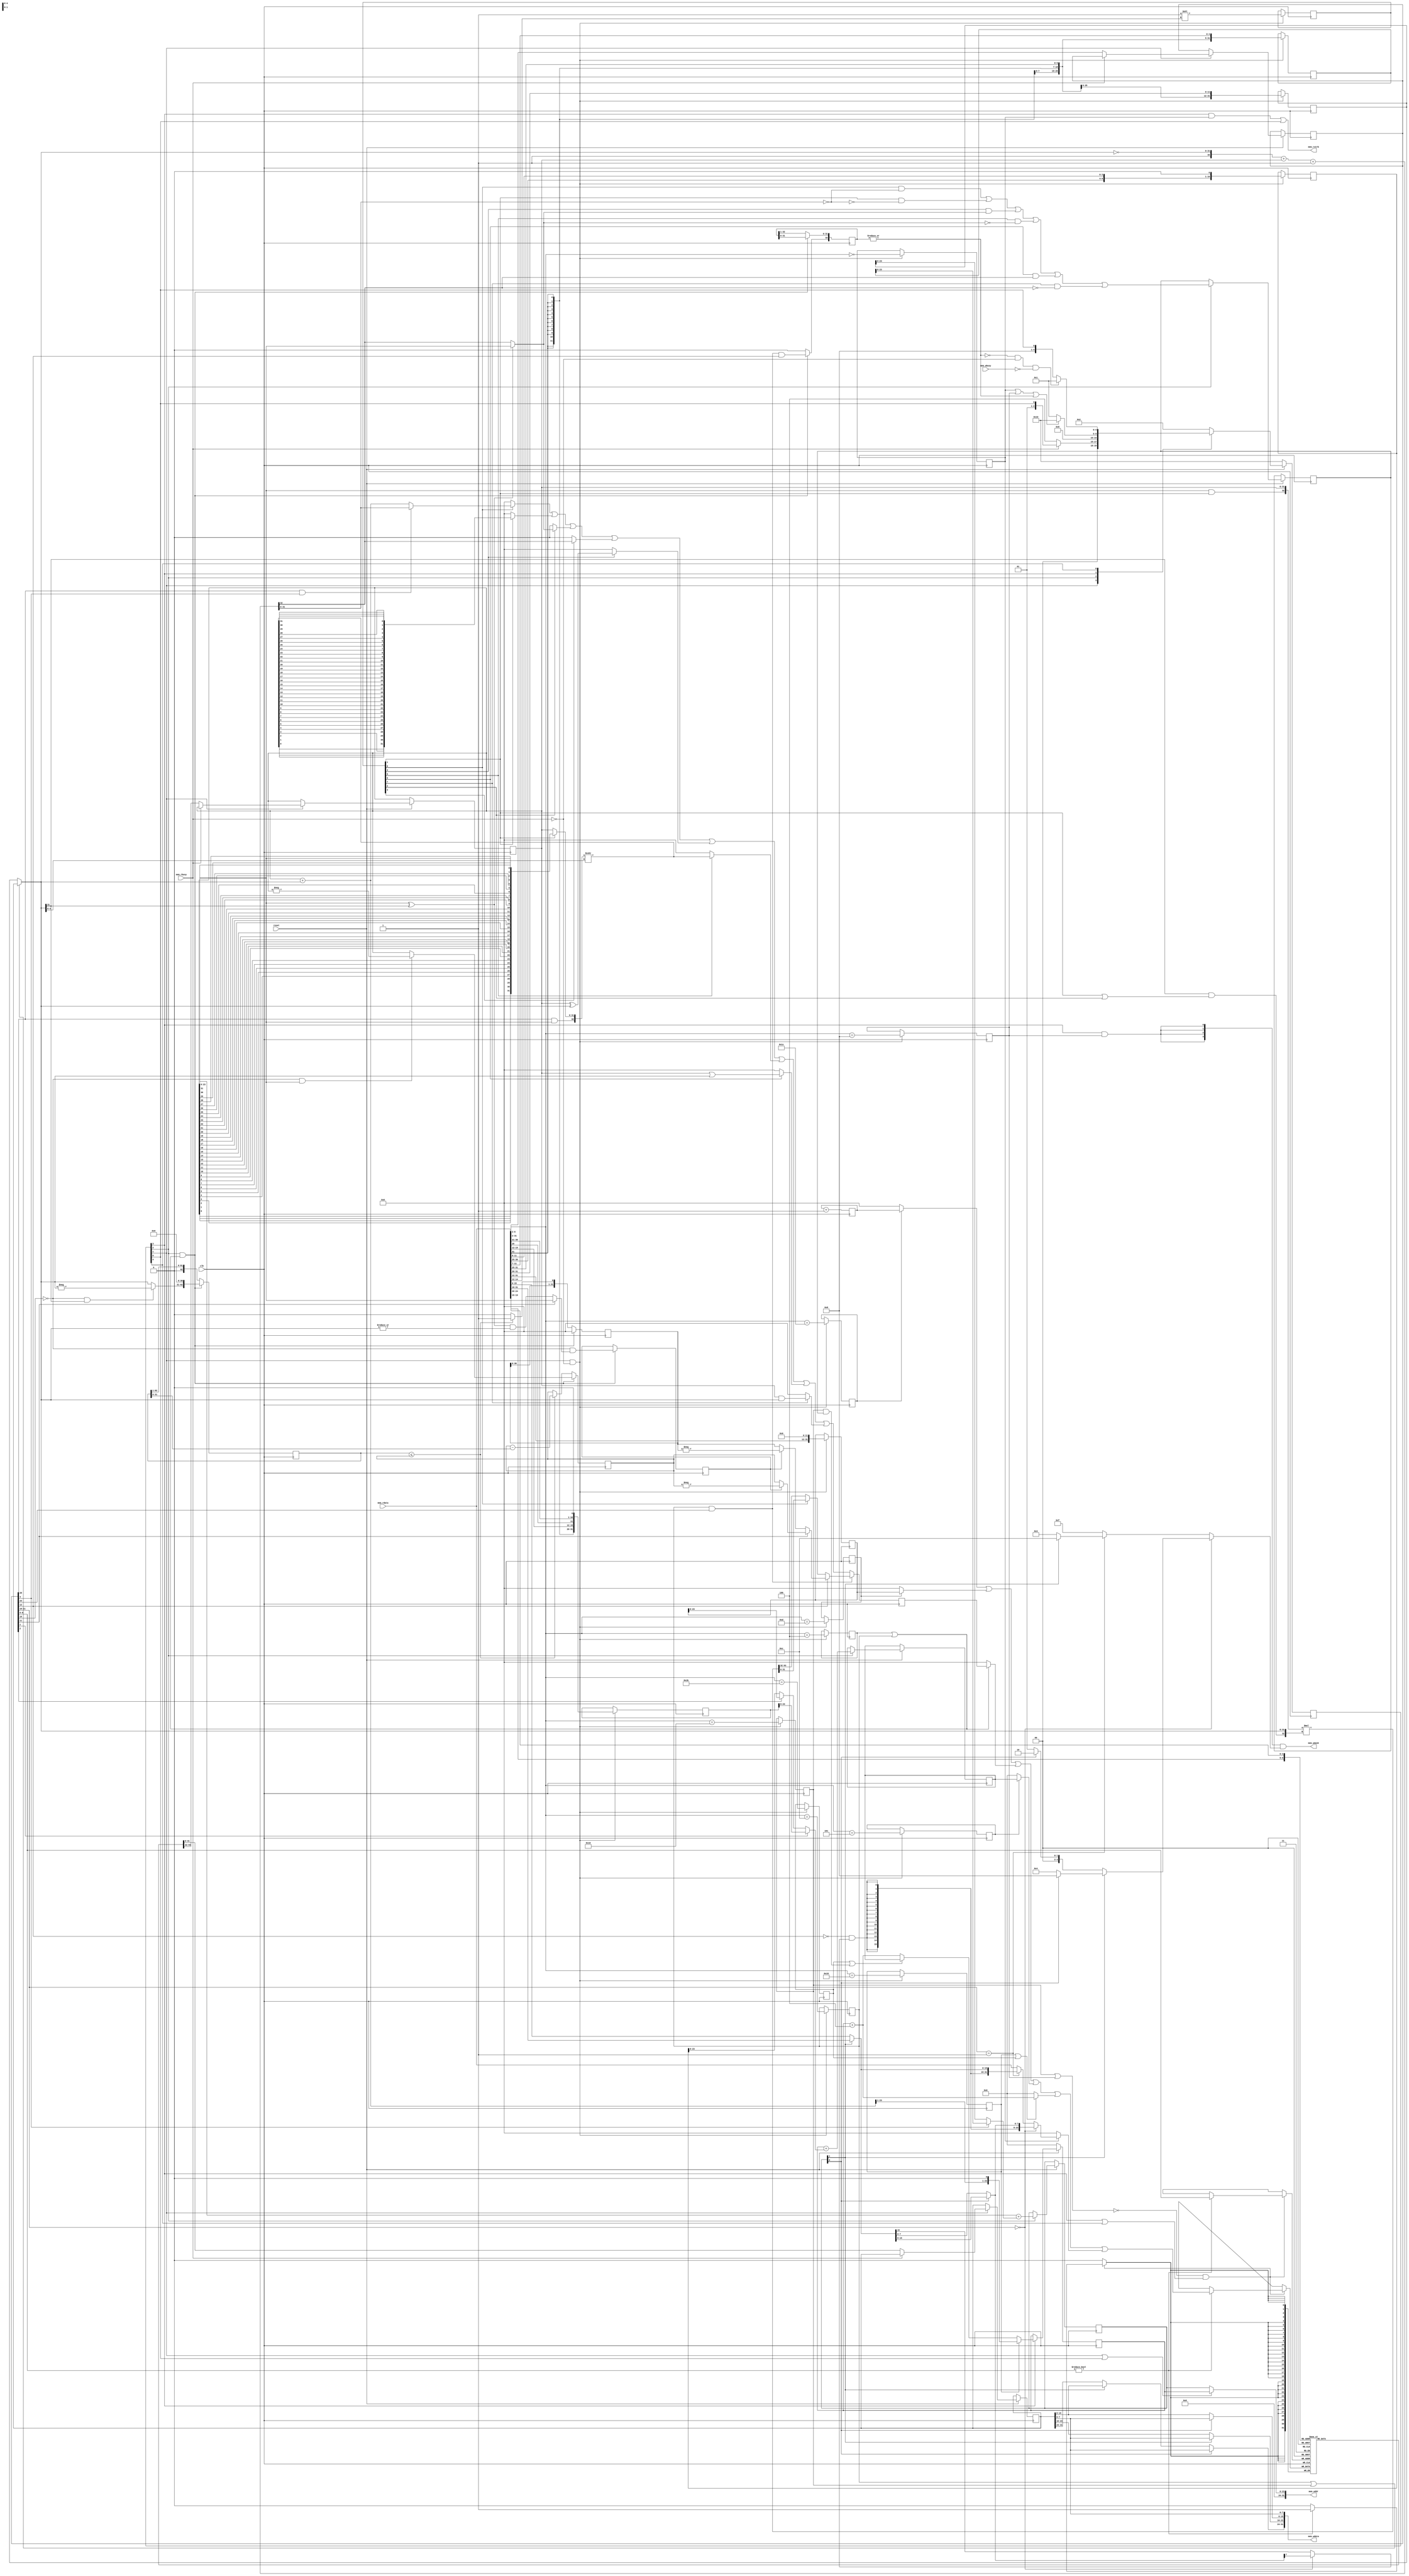
module FemtoRV32(
   input          clk,

   output [31:0] mem_addr,  // address bus
   output [31:0] mem_wdata, // data to be written
   output [3:0]  mem_wmask, // write mask for the 4 bytes of each word
   input  [31:0] mem_rdata, // input lines for both data and instr
   output        mem_rstrb, // active to initiate memory read (used by IO)
   input         mem_rbusy, // asserted if memory is busy reading value
   input         mem_wbusy, // asserted if memory is busy writing value

   input         reset      // set to 0 to reset the processor
);

   parameter RESET_ADDR       = 32'h00000000; 
   parameter ADDR_WIDTH       = 24;           

   localparam ADDR_PAD = {(32-ADDR_WIDTH){1'b0}}; // 32-bits padding for addrs


   // Flip a 32 bit word. Used by the shifter (a single shifter for
   // left and right shifts, saves silicium !)
   function [31:0] flip32;
      input [31:0] x;
      flip32 = {x[ 0], x[ 1], x[ 2], x[ 3], x[ 4], x[ 5], x[ 6], x[ 7], 
		x[ 8], x[ 9], x[10], x[11], x[12], x[13], x[14], x[15], 
		x[16], x[17], x[18], x[19], x[20], x[21], x[22], x[23],
		x[24], x[25], x[26], x[27], x[28], x[29], x[30], x[31]};
   endfunction

 /***************************************************************************/
 // Instruction decoding.
 /***************************************************************************/

 // Extracts rd,rs1,rs2,funct3,imm and opcode from instruction. 
 // Reference: Table page 104 of:
 // https://content.riscv.org/wp-content/uploads/2017/05/riscv-spec-v2.2.pdf

 // The destination register
 wire [4:0] rdId = instr[11:7];

 // The ALU function, decoded in 1-hot form (doing so reduces LUT count)
 // It is used as follows: funct3Is[val] <=> funct3 == val
 (* onehot *) reg  [7:0] funct3Is;

 // Base RISC-V (RV32I) has only 10 different instructions !
   reg isLoad;
   reg isALUimm;
   reg isAUIPC;
   reg isStore;
   reg isALUreg;
   reg isLUI;
   reg isBranch;
   reg isJALR;
   reg isJAL;
   reg isSYSTEM;
  
   reg [31:0] Uimm;
   reg [31:0] Iimm;   
   reg [31:0] Simm;   
   reg [31:0] Bimm;
   reg [31:0] Jimm;
   
   always @(posedge clk) begin
      if(state[WAIT_INSTR_bit] & !mem_rbusy) begin
	 isLoad    <=  (mem_rdata[6:2] == 5'b00000); // rd <- mem[rs1+Iimm]
	 isALUimm  <=  (mem_rdata[6:2] == 5'b00100); // rd <- rs1 OP Iimm
	 isAUIPC   <=  (mem_rdata[6:2] == 5'b00101); // rd <- PC + Uimm
	 isStore   <=  (mem_rdata[6:2] == 5'b01000); // mem[rs1+Simm] <- rs2
	 isALUreg  <=  (mem_rdata[6:2] == 5'b01100); // rd <- rs1 OP rs2
	 isLUI     <=  (mem_rdata[6:2] == 5'b01101); // rd <- Uimm
	 isBranch  <=  (mem_rdata[6:2] == 5'b11000); // if(rs1 OP rs2) PC<-PC+Bimm
	 isJALR    <=  (mem_rdata[6:2] == 5'b11001); // rd <- PC+4; PC<-rs1+Iimm
	 isJAL     <=  (mem_rdata[6:2] == 5'b11011); // rd <- PC+4; PC<-PC+Jimm
	 isSYSTEM  <=  (mem_rdata[6:2] == 5'b11100); // rd <- cycles
	 funct3Is  <= 8'b00000001 << mem_rdata[14:12];

	 Uimm <= {    mem_rdata[31],   mem_rdata[30:12], {12{1'b0}}};
	 Iimm <= {{21{mem_rdata[31]}}, mem_rdata[30:20]};
	 Simm <= {{21{mem_rdata[31]}}, mem_rdata[30:25],mem_rdata[11:7]};
	 Bimm <= {{20{mem_rdata[31]}}, mem_rdata[7],mem_rdata[30:25],mem_rdata[11:8],1'b0};
	 Jimm <= {{12{mem_rdata[31]}}, mem_rdata[19:12],mem_rdata[20],mem_rdata[30:21],1'b0};
      end 
   end
   
   wire isALU = isALUimm | isALUreg;

   /***************************************************************************/
   // The register file.
   /***************************************************************************/
   
   reg [31:0] rs1;
   reg [31:0] rs2;
   reg [31:0] registerFile [31:0];

   always @(posedge clk) begin
     if (writeBack)
       if (rdId != 0)
         registerFile[rdId] <= writeBackData;
   end

   /***************************************************************************/
   // The ALU. Does operations and tests combinatorially, except shifts.
   /***************************************************************************/

   // First ALU source, always rs1
   wire [31:0] aluIn1 = rs1;

   // Second ALU source, depends on opcode:
   //    ALUreg, Branch:     rs2
   //    ALUimm, Load, JALR: Iimm
   wire [31:0] aluIn2 = isALUreg | isBranch ? rs2 : Iimm;

   wire aluWr;               // ALU write strobe

   // The adder is used by both arithmetic instructions and JALR.
   wire [31:0] aluPlus = aluIn1 + aluIn2;

   // Use a single 33 bits subtract to do subtraction and all comparisons
   // (trick borrowed from swapforth/J1)
   wire [32:0] aluMinus = {1'b1, ~aluIn2} + {1'b0,aluIn1} + 33'b1;
   wire        LT  = (aluIn1[31] ^ aluIn2[31]) ? aluIn1[31] : aluMinus[32];
   wire        LTU = aluMinus[32];
   wire        EQ  = (aluMinus[31:0] == 0);

   /***************************************************************************/

   // Use the same shifter both for left and right shifts by 
   // applying bit reversal

   wire [31:0] shifter_in = funct3Is[1] ? flip32(aluIn1) : aluIn1;
   
   /* verilator lint_off WIDTH */
   wire [31:0] shifter = 
               $signed({instr[30] & aluIn1[31], shifter_in}) >>> aluIn2[4:0];
   /* verilator lint_on WIDTH */

   wire [31:0] leftshift = flip32(shifter);
   
   /***************************************************************************/

   // funct3: 1->MULH, 2->MULHSU  3->MULHU
   wire isMULH   = funct3Is[1];
   wire isMULHSU = funct3Is[2];

   wire sign1 = aluIn1[31] &  isMULH;
   wire sign2 = aluIn2[31] & (isMULH | isMULHSU);

   wire signed [32:0] signed1 = {sign1, aluIn1};
   wire signed [32:0] signed2 = {sign2, aluIn2};
   wire signed [63:0] multiply = signed1 * signed2;

   /***************************************************************************/

   // Notes:
   // - instr[30] is 1 for SUB and 0 for ADD
   // - for SUB, need to test also instr[5] to discriminate ADDI:
   //    (1 for ADD/SUB, 0 for ADDI, and Iimm used by ADDI overlaps bit 30 !)
   // - instr[30] is 1 for SRA (do sign extension) and 0 for SRL

   wire [31:0] alu_base =
     (funct3Is[0]  ? instr[30] & instr[5] ? aluMinus[31:0] : aluPlus : 32'b0) |
     (funct3Is[1]  ? leftshift                                       : 32'b0) |
     (funct3Is[2]  ? {31'b0, LT}                                     : 32'b0) |
     (funct3Is[3]  ? {31'b0, LTU}                                    : 32'b0) |
     (funct3Is[4]  ? aluIn1 ^ aluIn2                                 : 32'b0) |
     (funct3Is[5]  ? shifter                                         : 32'b0) |
     (funct3Is[6]  ? aluIn1 | aluIn2                                 : 32'b0) |
     (funct3Is[7]  ? aluIn1 & aluIn2                                 : 32'b0) ;

   // funct3: 0->MUL 1->MULH 2->MULHSU 3->MULHU
   //         4->DIV 5->DIVU 6->REM    7->REMU
   
   wire [31:0] alu_mul = funct3Is[0] ? multiply[31: 0]   // 0:MUL
                                     : multiply[63:32] ; // 1:MULH, 2:MULHSU, 3:MULHU

   wire [31:0] alu_div = instr[13] ? (div_sign ? -dividend : dividend) 
    	                           : (div_sign ? -quotient : quotient);
   

   wire        aluBusy = |quotient_msk; // ALU is busy if division is in progress.
   reg [31:0]  aluOut;

   wire funcM     = instr[25];
   wire isDivide  = instr[14];
   
   always @(posedge clk) begin
      aluOut <=  (isALUreg & funcM) ? (isDivide ? alu_div : alu_mul) : alu_base;
   end

   /***************************************************************************/
   // Implementation of DIV/REM instructions, highly inspired by PicoRV32

   reg div_sign;

   reg [31:0] dividend;
   reg [62:0] divisor;
   reg [31:0] quotient;
   reg [32:0] quotient_msk;

   always @(posedge clk) begin
      if (aluWr) begin
	 dividend <=   ~instr[12] & aluIn1[31] ? -aluIn1 : aluIn1;
	 divisor  <= {(~instr[12] & aluIn2[31] ? -aluIn2 : aluIn2), 31'b0};
	 quotient <= 0;
	 quotient_msk[32] <= isALUreg & funcM & isDivide;
	 div_sign <= ~instr[12] & (instr[13] ? aluIn1[31] : 
                      (aluIn1[31] ^ aluIn2[31]) & |aluIn2);
      end else begin
	 divisor      <= divisor >> 1;
	 quotient_msk <= quotient_msk >> 1;
	 if(divisor <= {31'b0, dividend}) begin
	    quotient <= {quotient[30:0],1'b1};
	    dividend <= dividend - divisor[31:0];
	 end else begin
	    quotient <= {quotient[30:0],1'b0};
	 end
      end
   end
   
   /***************************************************************************/
   // The predicate for conditional branches.
   /***************************************************************************/

   wire predicate_ =
        funct3Is[0] &  EQ  | // BEQ
        funct3Is[1] & !EQ  | // BNE
        funct3Is[4] &  LT  | // BLT
        funct3Is[5] & !LT  | // BGE
        funct3Is[6] &  LTU | // BLTU
        funct3Is[7] & !LTU ; // BGEU

   reg 	predicate;
   
   /***************************************************************************/
   // Program counter and branch target computation.
   /***************************************************************************/

   reg  [ADDR_WIDTH-1:0] PC; // The program counter.
   reg  [31:2] instr;        // Latched instruction. Note that bits 0 and 1 are
                             // ignored (not used in RV32I base instr set).

   wire [ADDR_WIDTH-1:0] PCplus4 = PC + 4;

   // An adder used to compute branch address, JAL address and AUIPC.
   reg [ADDR_WIDTH-1:0]  PCplusImm;

   // A separate adder to compute the destination of load/store.   
   reg [ADDR_WIDTH-1:0]  loadstore_addr;
   
   assign mem_addr = {ADDR_PAD, 
		       state[WAIT_INSTR_bit] | state[FETCH_INSTR_bit] ? 
		       PC : loadstore_addr
		     };

   /***************************************************************************/
   // The value written back to the register file.
   /***************************************************************************/

   wire [31:0] writeBackData  =
      /* verilator lint_off WIDTH */	       	       
      (isSYSTEM            ? cycles               : 32'b0) |  // SYSTEM
      /* verilator lint_on WIDTH */	       	       	       
      (isLUI               ? Uimm                 : 32'b0) |  // LUI
      (isALU               ? aluOut               : 32'b0) |  // ALUreg, ALUimm
      (isAUIPC             ? {ADDR_PAD,PCplusImm} : 32'b0) |  // AUIPC
      (isJALR   | isJAL    ? {ADDR_PAD,PCplus4  } : 32'b0) |  // JAL, JALR
      (isLoad              ? LOAD_data            : 32'b0);   // Load

   /***************************************************************************/
   // LOAD/STORE
   /***************************************************************************/

   // All memory accesses are aligned on 32 bits boundary. For this
   // reason, we need some circuitry that does unaligned halfword
   // and byte load/store, based on:
   // - funct3[1:0]:  00->byte 01->halfword 10->word
   // - mem_addr[1:0]: indicates which byte/halfword is accessed

   wire mem_byteAccess     = instr[13:12] == 2'b00; // funct3[1:0] == 2'b00;
   wire mem_halfwordAccess = instr[13:12] == 2'b01; // funct3[1:0] == 2'b01;

   // LOAD, in addition to funct3[1:0], LOAD depends on:
   // - funct3[2] (instr[14]): 0->do sign expansion   1->no sign expansion

   wire LOAD_sign = 
	!instr[14] & (mem_byteAccess ? LOAD_byte[7] : LOAD_halfword[15]);

   wire [31:0] LOAD_data =
         mem_byteAccess ? {{24{LOAD_sign}},     LOAD_byte} :
     mem_halfwordAccess ? {{16{LOAD_sign}}, LOAD_halfword} :
                          mem_rdata ;

   wire [15:0] LOAD_halfword = 
	       loadstore_addr[1] ? mem_rdata[31:16] : mem_rdata[15:0];
   
   wire  [7:0] LOAD_byte = 
	       loadstore_addr[0] ? LOAD_halfword[15:8] : LOAD_halfword[7:0];

   // STORE

   assign mem_wdata[ 7: 0] = rs2[7:0];
   assign mem_wdata[15: 8] = loadstore_addr[0] ? rs2[7:0]  : rs2[15: 8];
   assign mem_wdata[23:16] = loadstore_addr[1] ? rs2[7:0]  : rs2[23:16];
   assign mem_wdata[31:24] = loadstore_addr[0] ? rs2[7:0]  : 
			     loadstore_addr[1] ? rs2[15:8] : rs2[31:24];

   // The memory write mask:
   //    1111                     if writing a word
   //    0011 or 1100             if writing a halfword 
   //                                (depending on loadstore_addr[1])
   //    0001, 0010, 0100 or 1000 if writing a byte     
   //                                (depending on loadstore_addr[1:0])

   wire [3:0] STORE_wmask =
	      mem_byteAccess      ? 
	            (loadstore_addr[1] ? 
		          (loadstore_addr[0] ? 4'b1000 : 4'b0100) :
		          (loadstore_addr[0] ? 4'b0010 : 4'b0001) 
                    ) :
	      mem_halfwordAccess ? 
	            (loadstore_addr[1] ? 4'b1100 : 4'b0011) :
              4'b1111;

   /*************************************************************************/
   // And, last but not least, the state machine.
   /*************************************************************************/

   localparam FETCH_INSTR_bit     = 0;
   localparam WAIT_INSTR_bit      = 1;
   localparam EXECUTE1_bit        = 2;
   localparam EXECUTE2_bit        = 3;   
   localparam WAIT_ALU_OR_MEM_bit = 4;
   localparam NB_STATES           = 5;

   localparam FETCH_INSTR     = 1 << FETCH_INSTR_bit;
   localparam WAIT_INSTR      = 1 << WAIT_INSTR_bit;
   localparam EXECUTE1        = 1 << EXECUTE1_bit;
   localparam EXECUTE2        = 1 << EXECUTE2_bit;   
   localparam WAIT_ALU_OR_MEM = 1 << WAIT_ALU_OR_MEM_bit;
   
   (* onehot *)
   reg [NB_STATES-1:0] state;

   // The signals (internal and external) that are determined
   // combinatorially from state and other signals.

   // register write-back enable.
   wire writeBack = ~(isBranch | isStore ) & 
	            (state[EXECUTE2_bit] | state[WAIT_ALU_OR_MEM_bit]);

   // The memory-read signal.
   assign mem_rstrb = state[EXECUTE2_bit] & isLoad | state[FETCH_INSTR_bit];

   // The mask for memory-write.
   assign mem_wmask = {4{state[EXECUTE2_bit] & isStore}} & STORE_wmask;

   // aluWr starts computation (shifts) in the ALU.
   assign aluWr = state[EXECUTE1_bit] & isALU;

   wire jumpToPCplusImm = isJAL | (isBranch & predicate);
`ifdef NRV_IS_IO_ADDR  
   wire needToWait = isLoad | 
		     isStore  & `NRV_IS_IO_ADDR(mem_addr) | 
		     aluBusy;
`else
   wire needToWait = isLoad | isStore | aluBusy;   
`endif
   
   always @(posedge clk) begin
      if(!reset) begin
         state      <= WAIT_ALU_OR_MEM; // Just waiting for !mem_wbusy
         PC         <= RESET_ADDR[ADDR_WIDTH-1:0];
      end else

      // See note [1] at the end of this file.
      (* parallel_case *)
      case(1'b1)

        state[WAIT_INSTR_bit]: begin
           if(!mem_rbusy) begin // may be high when executing from SPI flash
              rs1 <= registerFile[mem_rdata[19:15]];
              rs2 <= registerFile[mem_rdata[24:20]];
              instr <= mem_rdata[31:2]; // Bits 0 and 1 are ignored (see
              state <= EXECUTE1;        // also the declaration of instr).
           end
        end

        state[EXECUTE1_bit]: begin
	   // branch->PC+Bimm    AUIPC->PC+Uimm    JAL->PC+Jimm
	   // Equivalent to:
	   //  PCplusImm <= PC + (isJAL ? Jimm : isAUIPC ? Uimm : Bimm)
	   PCplusImm <= PC + ( instr[3] ? Jimm[ADDR_WIDTH-1:0] : 
			       instr[4] ? Uimm[ADDR_WIDTH-1:0] : 
			                  Bimm[ADDR_WIDTH-1:0] );

	   // testing instr[5] is equivalent to testing isStore in this context.
	   loadstore_addr <= rs1[ADDR_WIDTH-1:0] + 
 		     (instr[5] ? Simm[ADDR_WIDTH-1:0] : Iimm[ADDR_WIDTH-1:0]);
	   
	   predicate <= predicate_;
	   state <= EXECUTE2;
	end
	
        state[EXECUTE2_bit]: begin
           PC <= isJALR          ? {aluPlus[ADDR_WIDTH-1:1],1'b0} :
                 jumpToPCplusImm ? PCplusImm :
                 PCplus4;
	   state <= needToWait ? WAIT_ALU_OR_MEM : FETCH_INSTR;
        end

        state[WAIT_ALU_OR_MEM_bit]: begin
           if(!aluBusy & !mem_rbusy & !mem_wbusy) state <= FETCH_INSTR;
        end

        default: begin // FETCH_INSTR
          state <= WAIT_INSTR;
        end
	
      endcase
   end

   /***************************************************************************/
   // Cycle counter
   /***************************************************************************/

`ifdef NRV_COUNTER_WIDTH
   reg [`NRV_COUNTER_WIDTH-1:0]  cycles;   
`else   
   reg [31:0]  cycles;
`endif   
   always @(posedge clk) cycles <= cycles + 1;

endmodule